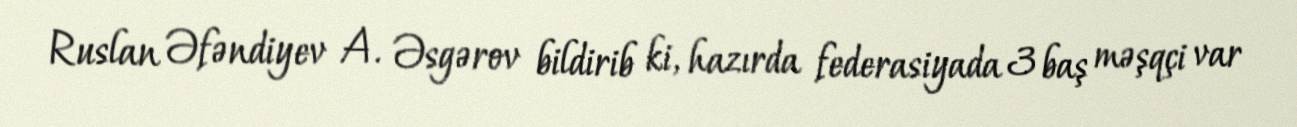
Ruslan Əfəndiyev A. Əsgərov bildirib ki, hazırda federasiyada 3 baş məşqçi var